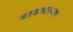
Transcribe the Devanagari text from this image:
नाकावरच्या